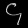
Digit: ၄